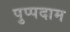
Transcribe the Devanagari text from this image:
पुप्पदाम